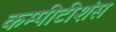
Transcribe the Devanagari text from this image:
कम्पीटीशंस